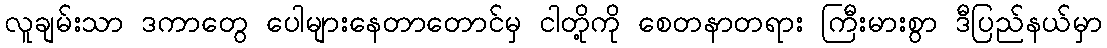
လူချမ်းသာ ဒကာတွေ ပေါများနေတာတောင်မှ ငါတို့ကို စေတနာတရား ကြီးမားစွာ ဒီပြည်နယ်မှာ